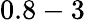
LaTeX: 0.8-3